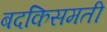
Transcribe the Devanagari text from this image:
बदकिसमती